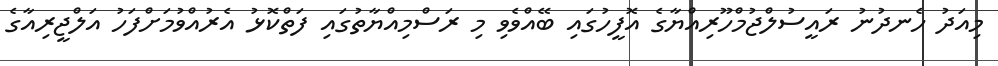
މިއަދު ހެނދުނު ރައީސުލްޖުމްހޫރިއްޔާގެ އޮފީހުގައި ބޭއްވެވި މި ރަސްމިއްޔާތުގައި ފަތްކޮޅު އެރުއްވުމަށްފަހު އަލްޖީރިއާގެ